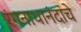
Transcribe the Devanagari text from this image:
रंगनाथानंदांचे